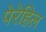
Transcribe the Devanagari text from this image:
पेरेहिल